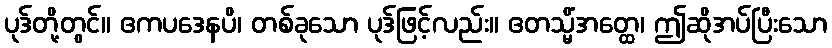
ပုဒ်တို့တွင်။ ဧကပဒေနပိ၊ တစ်ခုသော ပုဒ်ဖြင့်လည်း။ ဧတသ္မိံအတ္ထေ၊ ဤဆိုအပ်ပြီးသော